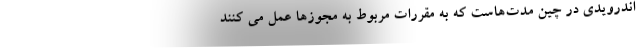
اندرویدی در چین مدت‌هاست که به مقررات مربوط به مجوزها عمل می کنند